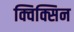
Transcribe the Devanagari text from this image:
क्विक्सिन